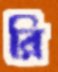
রি